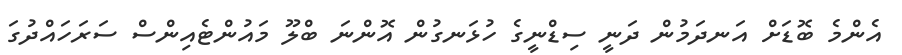
އެންމެ ބޮޑަށް އަނދަމުން ދަނީ ސިޑްނީގެ ހުޅަނގުން އޮންނަ ބްލޫ މައުންޓެއިންސް ސަރަހައްދުގަ